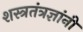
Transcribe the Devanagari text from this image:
शस्त्रतंत्रज्ञांनी